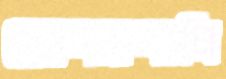
জেন্দাগানি